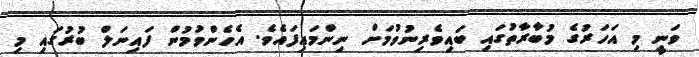
ވަނީ މި އަހަރުގެ މުބާރާތުގައި ބައިވެރިނުވުމަށް ނިންމައިފައެެވެ. އެހެންވުމުން ފައިނަލް ބުރުގައި މި